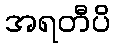
အရတီပိ